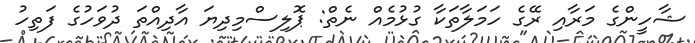
ޝާހީންގެ މަރާއި ރޭގެ ހަމަލާތަކާ ގުޅުމެއް ނެތް: ޕޮލިސްމިދިޔަ އާދިއްތަ ދުވަހުގެ ފަތިހު